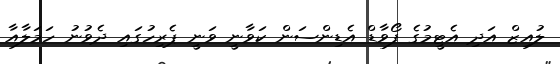
ލުއިޒް އަދި އެޓީމުގެ ފޯވާޑް އެޑިންސަން ކަވާނީ ވަނީ ޕެރިހުގައި ދެވުނު ހަމަލާއާ